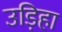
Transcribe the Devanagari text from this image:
उड़िहा